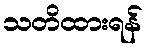
သတိထားရန်